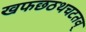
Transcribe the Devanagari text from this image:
खफछठथचटतव्